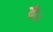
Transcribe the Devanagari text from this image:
डी२